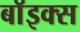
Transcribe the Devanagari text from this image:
बाॅइक्स